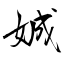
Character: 娍